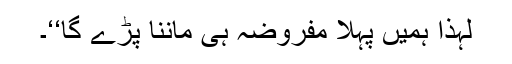
لہٰذا ہمیں پہلا مفروضہ ہی ماننا پڑے گا‘‘۔